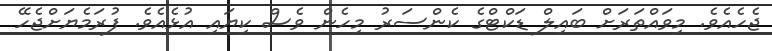
ޖެހެއެވެ. މިވައްތަރަށް ބައިލް ޑަކްޓްގެ ކެންސަރު މިހެން ވެސް ކިޔައި އުޅެއެވެ. ފުރަމެޔަށްޖެހޭ